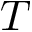
T